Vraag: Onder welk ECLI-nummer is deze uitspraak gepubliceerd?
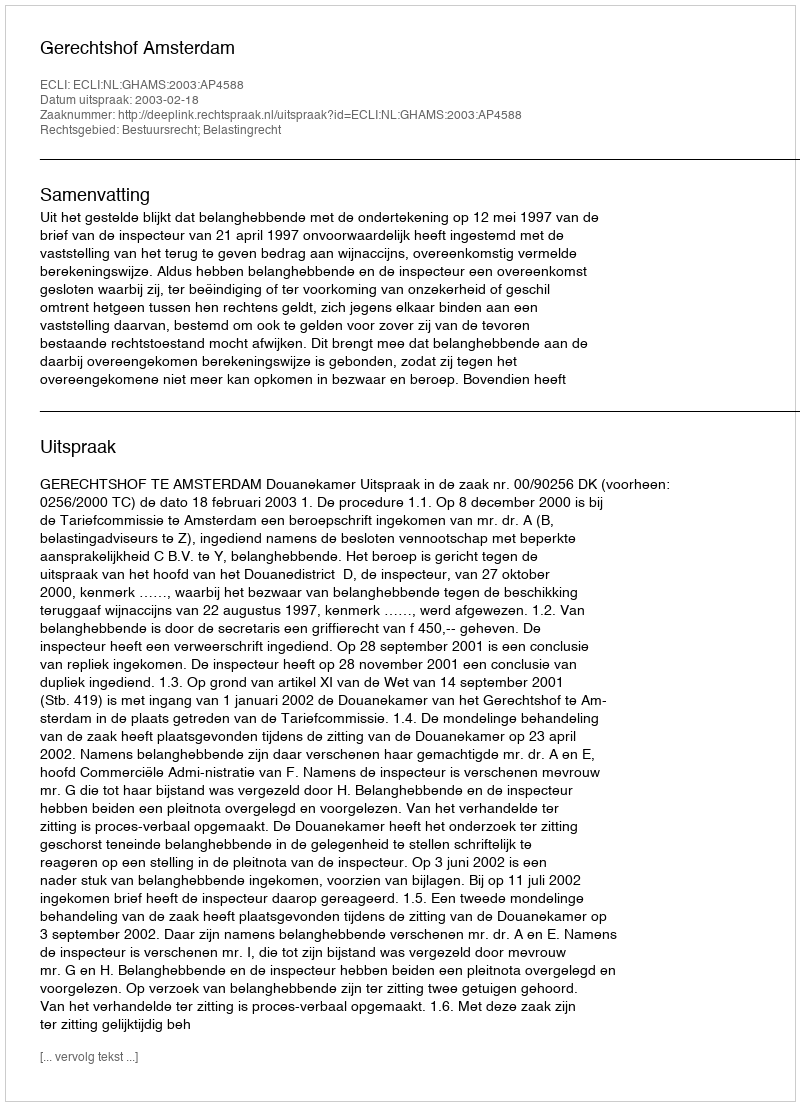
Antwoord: ECLI:NL:GHAMS:2003:AP4588